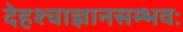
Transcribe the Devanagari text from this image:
देहश्चाज्ञानसम्भवः